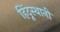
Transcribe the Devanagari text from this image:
हिंदूस्थानी